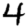
Digit: 4